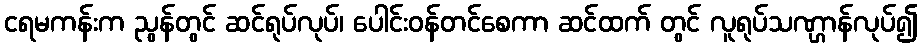
ငရမကန်းက ညွန်တွင် ဆင်ရုပ်လုပ်၊ ပေါင်းဝန်တင်စေကာ ဆင်ထက် တွင် လူရုပ်သဏ္ဌာန်လုပ်၍